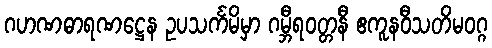
ဂဟဏဓာရဏဋ္ဌေန ဥပသင်္ကမိမှာ ဂမ္ဘီရဝတ္တနီ ဧကူနဝီသတိမဝဂ္ဂ